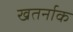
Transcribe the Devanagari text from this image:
खतर्नाक